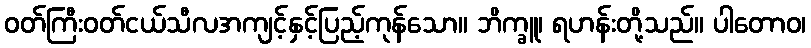
ဝတ်ကြီးဝတ်ငယ်သီလအကျင့်နှင့်ပြည့်ကုန်သော။ ဘိက္ခူ၊ ရဟန်းတို့သည်။ ပါတောဝ၊